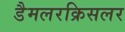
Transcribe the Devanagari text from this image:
डैमलरक्रिसलर